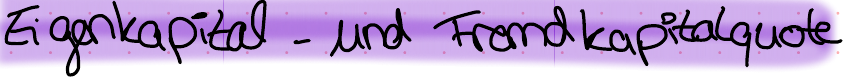
Eigenkapital- und Fremdkapitalquote